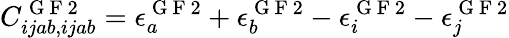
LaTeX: C_{ijab,ijab}^{\mathrm{~G~F~}2}=\epsilon_{a}^{\mathrm{~G~F~}2}+\epsilon_{b}^{\mathrm{~G~F~}2}-\epsilon_{i}^{\mathrm{~G~F~}2}-\epsilon_{j}^{\mathrm{~G~F~}2}